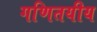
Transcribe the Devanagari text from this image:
गणितयीय